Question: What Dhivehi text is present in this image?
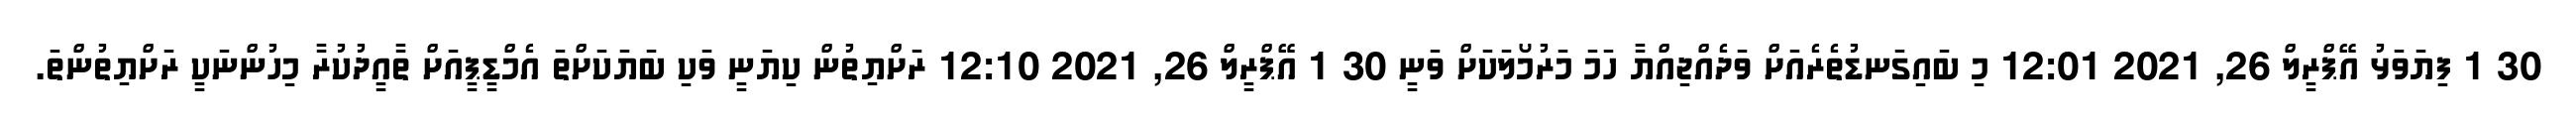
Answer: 30 1 ފިޔަވަޅު އޭޕްރީލް 26, 2021 12:01 މި ބައިގަނޑުތެރެއަށް ވަދެއްޖިއްޔާ ހަމަ މަރުމޯލަކަށް ވަނީ 30 1 އޭޕްރީލް 26, 2021 12:10 ރަށްޔިތުން ކިޔަނީ ވަކި ބަޔަކަށްތަ އެމްޑީޕީއަށް ތާއީދުކުރާ މިހުންނަކީ ރަށްޔިތުންތަ.